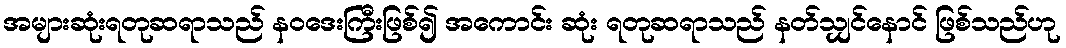
အများဆုံးရတုဆရာသည် နဝဒေးကြီးဖြစ်၍ အကောင်း ဆုံး ရတုဆရာသည် နတ်သျှင်နောင် ဖြစ်သည်ဟု